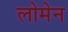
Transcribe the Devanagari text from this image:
लोमेन